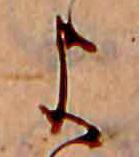
よ